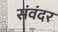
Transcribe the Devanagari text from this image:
संवंदर